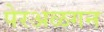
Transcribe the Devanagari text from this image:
पेरअळगन